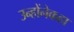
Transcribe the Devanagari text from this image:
उन्होंनेकहा